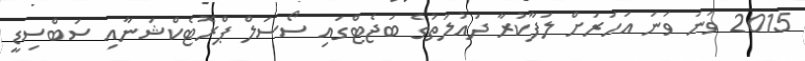
2015 ވަނަ ވަނަ އަހަރަށް ލަފާކުރާ ދައުލަތުގެ ބަޖެޓްގައި ސޯސަލް ޕްރޮޓެކްޝަނާއި ސަބްސިޑީ